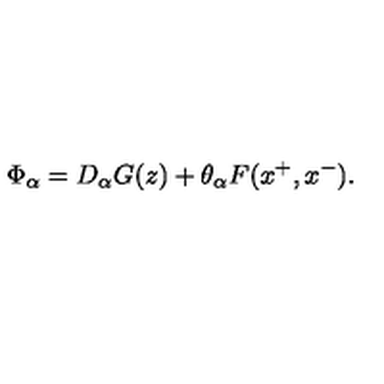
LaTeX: \Phi _ { \alpha } = D _ { \alpha } G ( z ) + \theta _ { \alpha } F ( x ^ { + } , x ^ { - } ) .